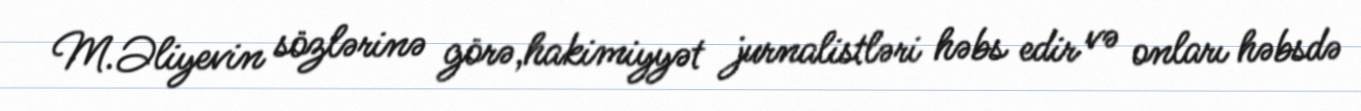
M.Əliyevin sözlərinə görə,hakimiyyət jurnalistləri həbs edir və onları həbsdə